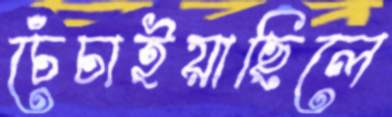
চেঁচাইয়াছিলে